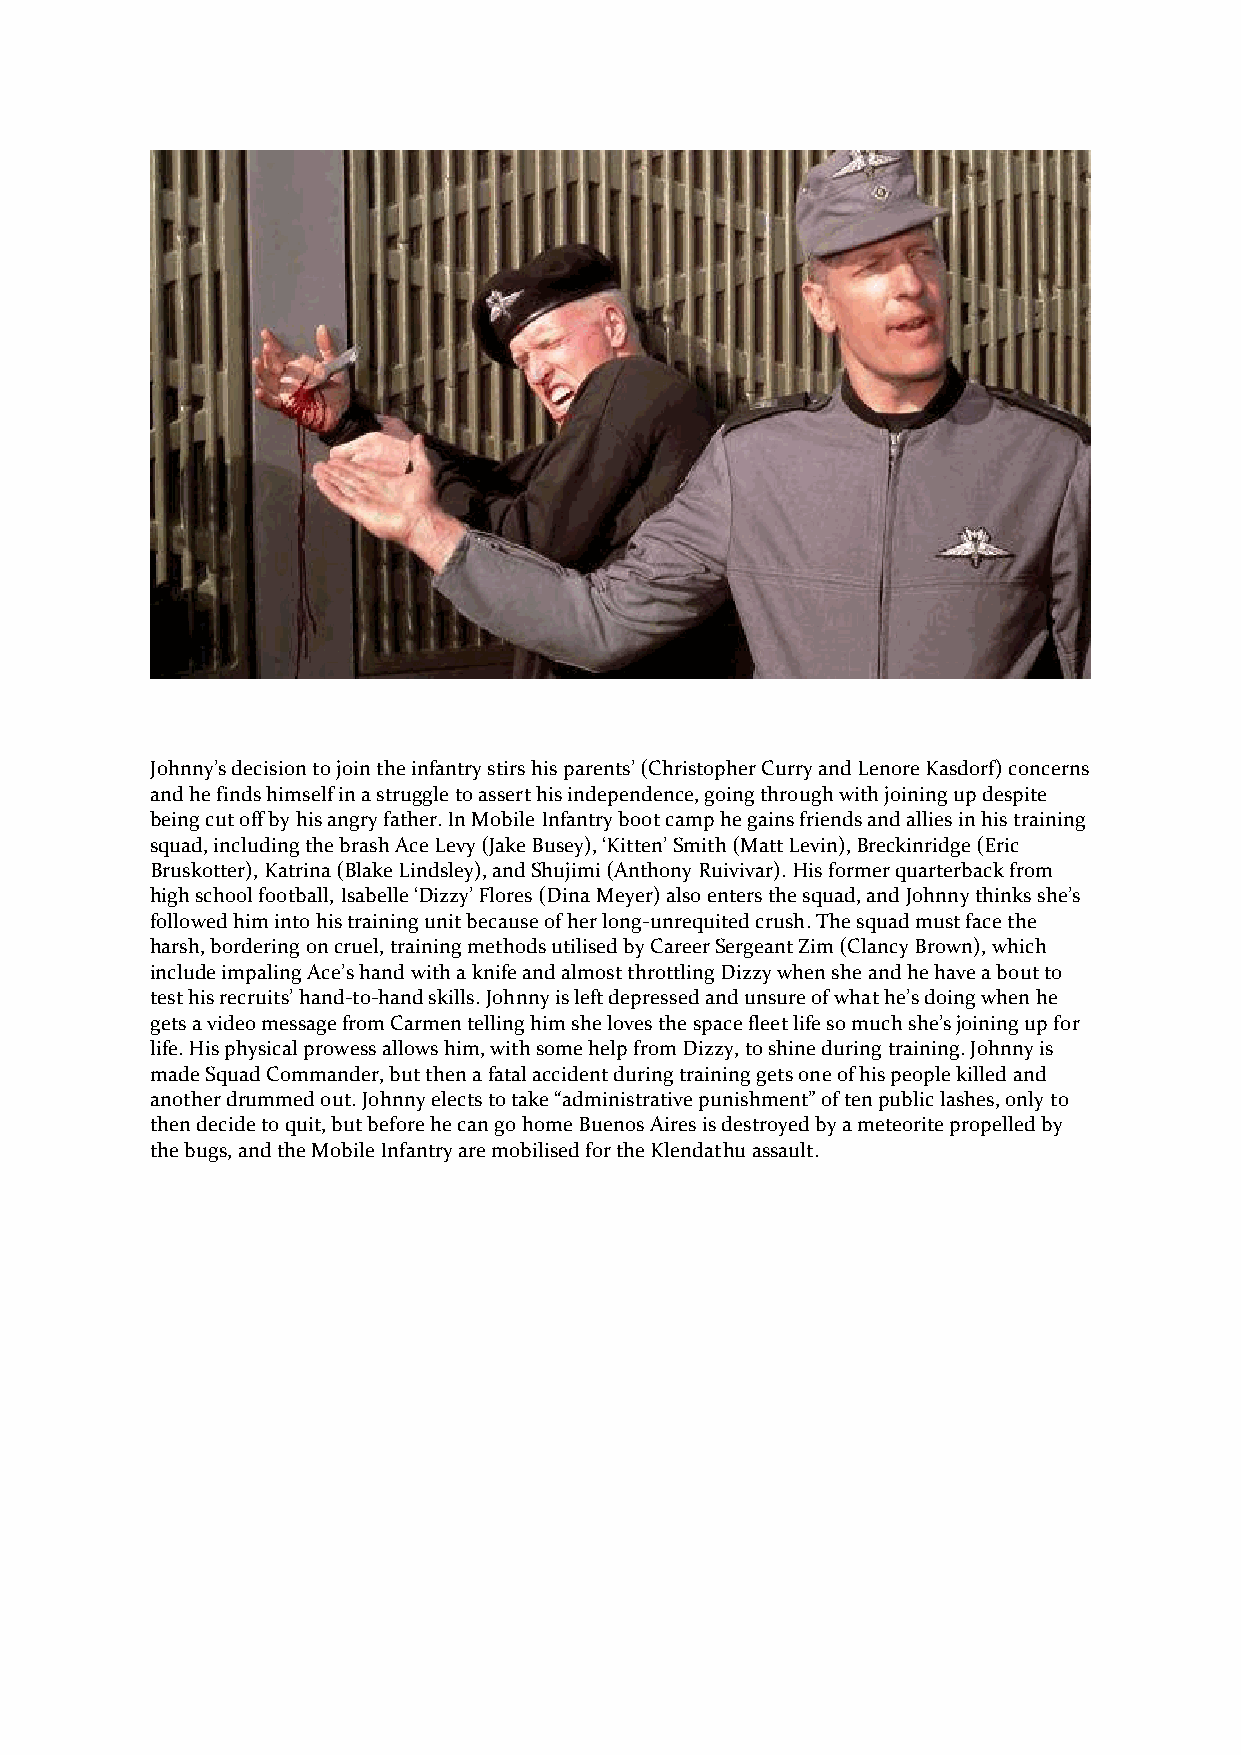
Johnny’s decision to join the infantry stirs his parents’ (Christopher Curry and Lenore Kasdorf) concerns
 and he finds himself in a struggle to assert his independence, going through with joining up despite
 being cut off by his angry father. In Mobile Infantry boot camp he gains friends and allies in his training
 squad, including the brash Ace Levy (Jake Busey), ‘Kitten’ Smith (Matt Levin), Breckinridge (Eric
 Bruskotter), Katrina (Blake Lindsley), and Shujimi (Anthony Ruivivar). His former quarterback from
 high school football, Isabelle ‘Dizzy’ Flores (Dina Meyer) also enters the squad, and Johnny thinks she’s
 followed him into his training unit because of her long-unrequited crush. The squad must face the
 harsh, bordering on cruel, training methods utilised by Career Sergeant Zim (Clancy Brown), which
 include impaling Ace’s hand with a knife and almost throttling Dizzy when she and he have a bout to
 test his recruits’ hand-to-hand skills. Johnny is left depressed and unsure of what he’s doing when he
 gets a video message from Carmen telling him she loves the space fleet life so much she’s joining up for
 life. His physical prowess allows him, with some help from Dizzy, to shine during training. Johnny is
 made Squad Commander, but then a fatal accident during training gets one of his people killed and
 another drummed out. Johnny elects to take “administrative punishment” of ten public lashes, only to
 then decide to quit, but before he can go home Buenos Aires is destroyed by a meteorite propelled by
 the bugs, and the Mobile Infantry are mobilised for the Klendathu assault.